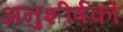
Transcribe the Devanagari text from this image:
अनुशीर्षकों